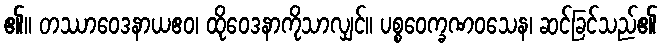
၏။ တဿာဝေဒနာယဧဝ၊ ထိုဝေဒနာကိုသာလျှင်။ ပစ္စဝေက္ခဏဝသေန၊ ဆင်ခြင်သည်၏